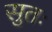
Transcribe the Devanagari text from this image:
सुतः